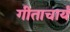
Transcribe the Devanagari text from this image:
गीताचार्य